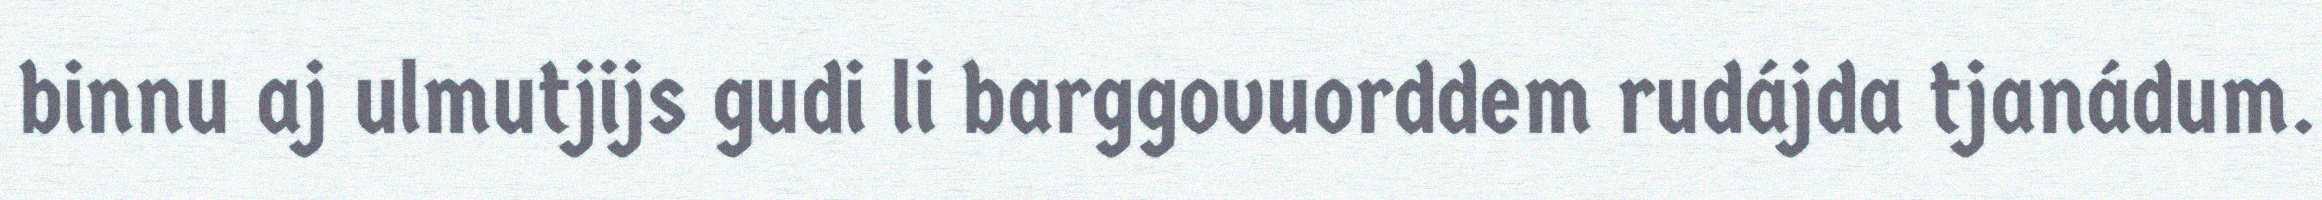
binnu aj ulmutjijs gudi li barggovuorddem rudájda tjanádum.